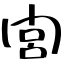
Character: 閭